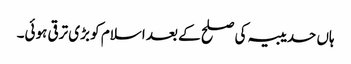
ہاں حدیبیہ کی صلح کے بعد اسلام کو بڑی ترقی ہوئی۔